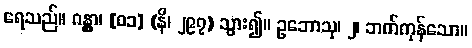
ရေသည်။ ဂန္တွာ၊ [၀၁] (နိ၊ ၂၉၇) သွား၍။ ဥဘောသု၊ ၂၊ ဘက်ကုန်သော။